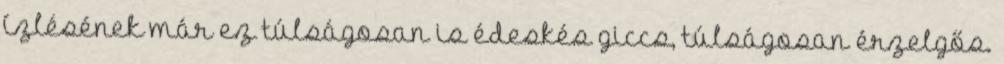
ízlésének már ez túlságosan is édeskés giccs, túlságosan érzelgős.